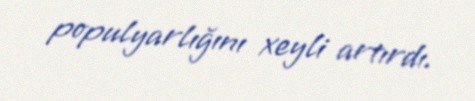
populyarlığını xeyli artırdı.